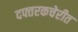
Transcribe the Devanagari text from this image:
दफ्तरकचेरीत